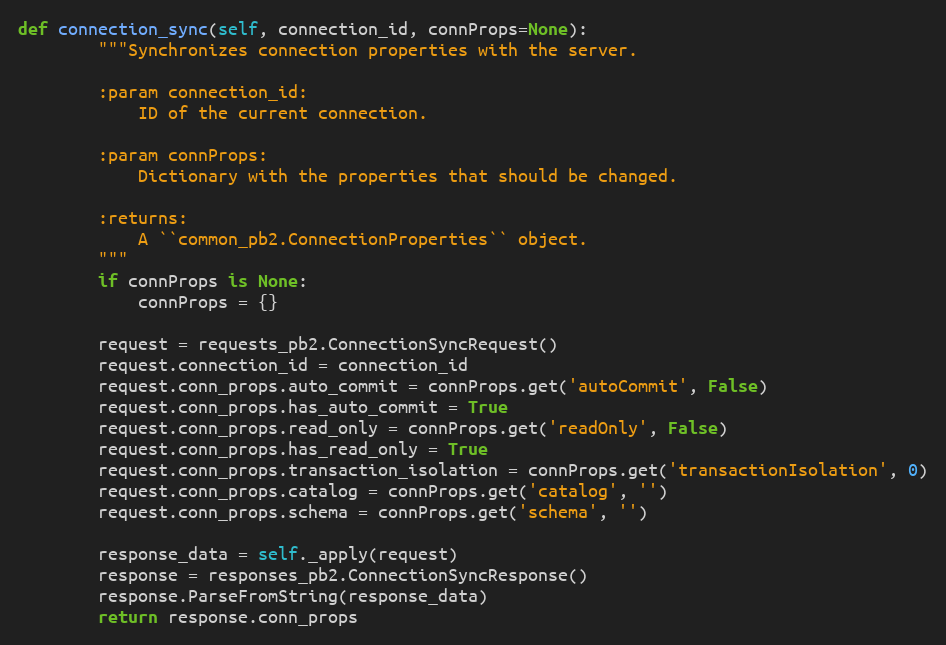
Language: Python
def connection_sync(self, connection_id, connProps=None):
        """Synchronizes connection properties with the server.

        :param connection_id:
            ID of the current connection.

        :param connProps:
            Dictionary with the properties that should be changed.

        :returns:
            A ``common_pb2.ConnectionProperties`` object.
        """
        if connProps is None:
            connProps = {}

        request = requests_pb2.ConnectionSyncRequest()
        request.connection_id = connection_id
        request.conn_props.auto_commit = connProps.get('autoCommit', False)
        request.conn_props.has_auto_commit = True
        request.conn_props.read_only = connProps.get('readOnly', False)
        request.conn_props.has_read_only = True
        request.conn_props.transaction_isolation = connProps.get('transactionIsolation', 0)
        request.conn_props.catalog = connProps.get('catalog', '')
        request.conn_props.schema = connProps.get('schema', '')

        response_data = self._apply(request)
        response = responses_pb2.ConnectionSyncResponse()
        response.ParseFromString(response_data)
        return response.conn_props